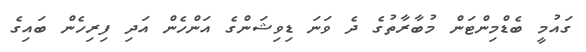
ގައުމީ ބެޑްމިންޓަން މުބާރާތުގެ ދެ ވަނަ ޑިވިޝަންގެ އަންހެން އަދި ފިރިހެން ބައިގެ